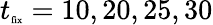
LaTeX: t_{\tiny{\textrm{fix}}}=10,20,25,30